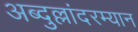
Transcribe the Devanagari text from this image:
अब्दुल्लांदरम्यान